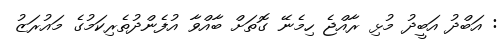
: އަބްދު އަބީދު މުޅި ރާއްޖެ ހިމެނޭ ގޮތަށް ބާއްވާ އުފެންދުތެރިކަމުގެ މައުރަޒު